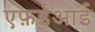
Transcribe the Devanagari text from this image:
एफ़ईआई